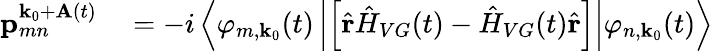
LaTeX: \begin{array}{rl}{\textbf{p}_{mn}^{\textbf{k}_{0}+\textbf{A}(t)}}&{{}=-i\left\langle\varphi_{m,\textbf{k}_{0}}(t)\left|\left[\hat{\textbf{r}}\hat{H}_{VG}(t)-\hat{H}_{VG}(t)\hat{\textbf{r}}\right]\right|\varphi_{n,\textbf{k}_{0}}(t)\right\rangle}\end{array}